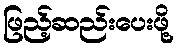
ဖြည့်ဆည်းပေးဖို့